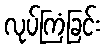
လုပ်ကြံခြင်း